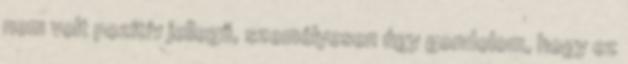
nem volt pozitív jellegű, személyesen úgy gondolom, hogy ez